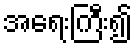
အရေးကြီး၍